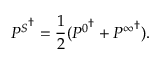
{ P ^ { S } } ^ { \dagger } = \frac { 1 } { 2 } ( { P ^ { 0 } } ^ { \dagger } + { P ^ { \infty } } ^ { \dagger } ) .